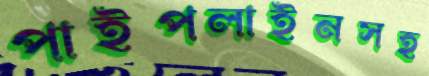
পাইপলাইনসহ